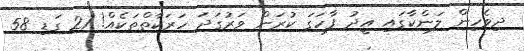
ދިވެހިން ލަންކާގައި އީދު ފާހަގަ ކުރަން ވަރުގަދަ ހަރަކާތްތަކެއް! 21 ގަޑި 58